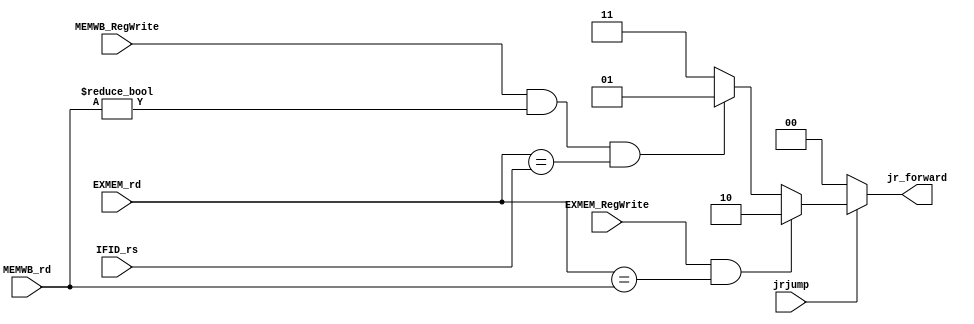
module JrCTRL(
    input jrjump,
    input EXMEM_RegWrite,
    input MEMWB_RegWrite,
    input [4:0] IFID_rs,
    input [4:0] EXMEM_rd,
    input [4:0] MEMWB_rd,
    output reg [1:0] jr_forward
);
    always @(*) begin
        if (jrjump == 1'b0) begin
            jr_forward = 2'b00;
        end
        else begin
            //if (EXMEM_RegWrite && (EXMEM_rd != 5'b00000) && (EXMEM_rd == IFID_rs)) 
            if(EXMEM_RegWrite&&(EXMEM_rd==MEMWB_rd))
            begin
                jr_forward = 2'b10;
            end
            else if (MEMWB_RegWrite && (MEMWB_rd != 5'b00000) && (EXMEM_rd == IFID_rs)) 
            begin
                jr_forward = 2'b01;
            end
            else begin
                jr_forward = 2'b11;
            end
        end
    end

endmodule